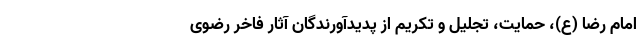
امام رضا (ع)، حمایت، تجلیل و تکریم از پدیدآورندگان آثار فاخر رضوی